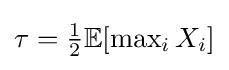
{\textstyle \tau ={\tfrac {1}{2}}\mathbb {E} [\max _{i}X_{i}]}